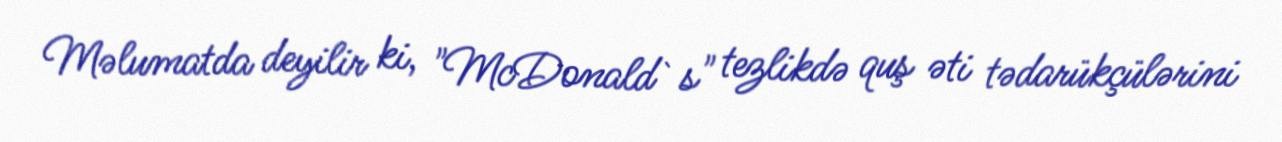
Məlumatda deyilir ki, "McDonald`s" tezlikdə quş əti tədarükçülərini